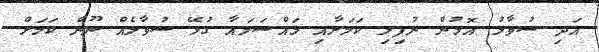
އަދި ސުވާލު އޮޅުން ނުފިލި ކަމަށާއި މައްސަލައާ ގުޅޭ ސުވާލެއް ނޫން ކަމަށް